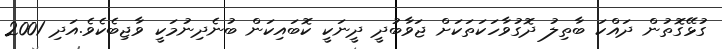
ގުޅޭގޮތުން ދައްކަ ބާތިލު ދޮގުވާހަކަތަކަށް ޖަވާބުދީ ދީނަކީ ކޮބައިކަން ބުނެދިނުމަކީ ވާޖިބެކެވެ.އަދި 2001